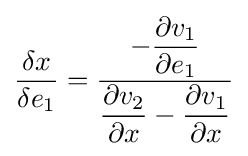
{\frac {\delta x}{\delta e_{1}}}={\dfrac {-{\dfrac {\partial v_{1}}{\partial e_{1}}}}{{\dfrac {\partial v_{2}}{\partial x}}-{\dfrac {\partial v_{1}}{\partial x}}}}